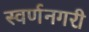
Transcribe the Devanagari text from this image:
स्‍वर्णनगरी